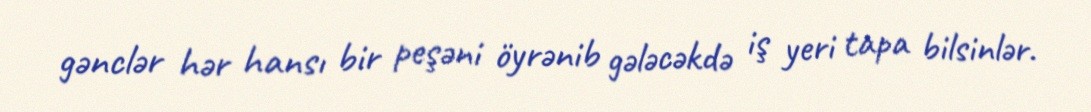
gənclər hər hansı bir peşəni öyrənib gələcəkdə iş yeri tapa bilsinlər.